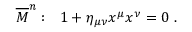
\overline { { { M } } } ^ { n } : ~ ~ 1 + \eta _ { \mu \nu } x ^ { \mu } x ^ { \nu } = 0 ~ .